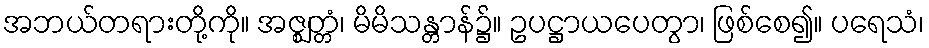
အဘယ်တရားတို့ကို။ အဇ္ဈတ္တံ၊ မိမိသန္တာန်၌။ ဥပဋ္ဌာယပေတွာ၊ ဖြစ်စေ၍။ ပရေသံ၊